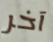
آخر